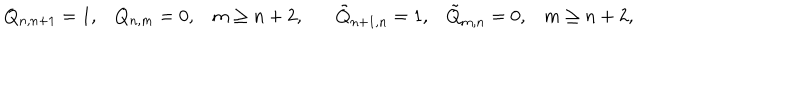
LaTeX: Q _ { n , n + 1 } = 1 , Q _ { n , m } = 0 , m \geq n + 2 , \tilde { Q } _ { n + 1 , n } = 1 , \tilde { Q } _ { m , n } = 0 , m \geq n + 2 ,